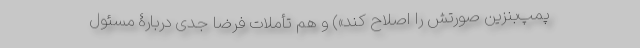
پمپ‌بنزین صورتش را اصلاح کند») و هم تأملات فرضاً جدی دربارۀ مسئول